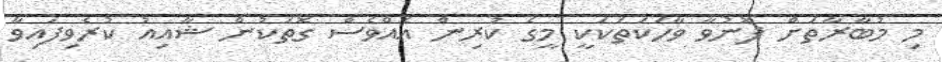
މި މުބާރާތަށް ފޮނުވާ ވާހަކަތަކަކީ މީގެ ކުރިން އެއްވެސް ގޮތަކުން ޝާއިއު ކުރެވިފައިވާ